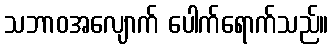
သဘာဝအလျောက် ပေါက်ရောက်သည်။